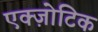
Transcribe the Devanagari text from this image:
एक्ज़ोटिक